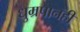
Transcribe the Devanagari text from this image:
धुम्रपानही